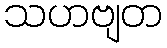
သဟဗျတ